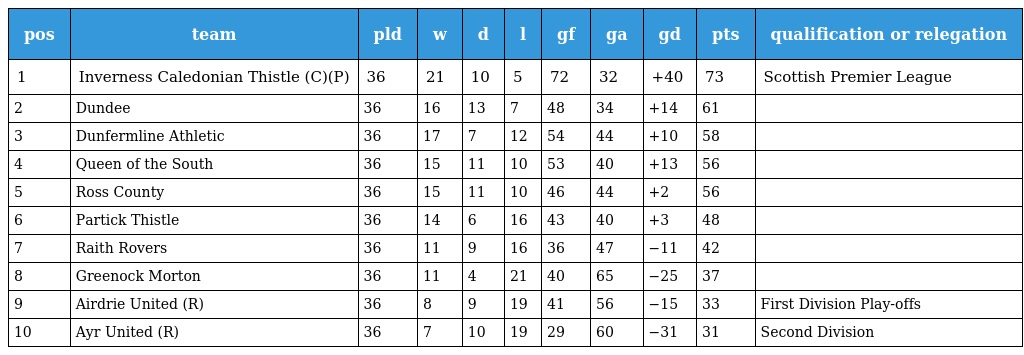
| pos | team | pld | w | d | l | gf | ga | gd | pts | qualification or relegation |
 | --- | --- | --- | --- | --- | --- | --- | --- | --- | --- | --- |
 | 1 | Inverness Caledonian Thistle (C)(P) | 36 | 21 | 10 | 5 | 72 | 32 | +40 | 73 | Scottish Premier League |
 | 2 | Dundee | 36 | 16 | 13 | 7 | 48 | 34 | +14 | 61 |  |
 | 3 | Dunfermline Athletic | 36 | 17 | 7 | 12 | 54 | 44 | +10 | 58 |  |
 | 4 | Queen of the South | 36 | 15 | 11 | 10 | 53 | 40 | +13 | 56 |  |
 | 5 | Ross County | 36 | 15 | 11 | 10 | 46 | 44 | +2 | 56 |  |
 | 6 | Partick Thistle | 36 | 14 | 6 | 16 | 43 | 40 | +3 | 48 |  |
 | 7 | Raith Rovers | 36 | 11 | 9 | 16 | 36 | 47 | −11 | 42 |  |
 | 8 | Greenock Morton | 36 | 11 | 4 | 21 | 40 | 65 | −25 | 37 |  |
 | 9 | Airdrie United (R) | 36 | 8 | 9 | 19 | 41 | 56 | −15 | 33 | First Division Play-offs |
 | 10 | Ayr United (R) | 36 | 7 | 10 | 19 | 29 | 60 | −31 | 31 | Second Division |